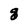
Character: g